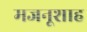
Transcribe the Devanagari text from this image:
मजनूशाह